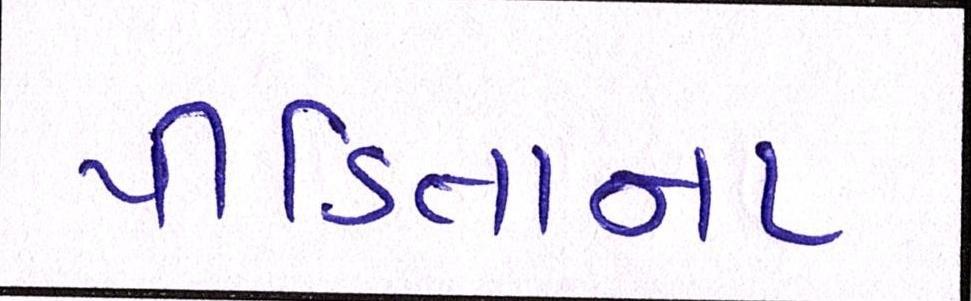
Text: પીડિતાના